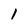
Character: 1